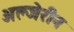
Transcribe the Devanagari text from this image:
अल्जेरीन